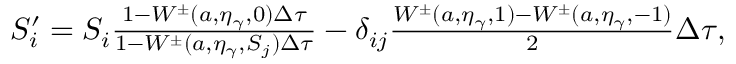
\begin{array} { r } { S _ { i } ^ { \prime } = S _ { i } \frac { 1 - W ^ { \pm } ( a , \eta _ { \gamma } , 0 ) \Delta \tau } { 1 - W ^ { \pm } ( a , \eta _ { \gamma } , S _ { j } ) \Delta \tau } - \delta _ { i j } \frac { W ^ { \pm } ( a , \eta _ { \gamma } , 1 ) - W ^ { \pm } ( a , \eta _ { \gamma } , - 1 ) } { 2 } \Delta \tau , } \end{array}